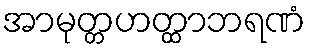
အာမုတ္တဟတ္ထာဘရဏံ